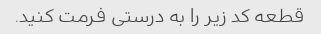
قطعه کد زیر را به درستی فرمت کنید.